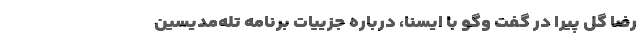
رضا گل پیرا در گفت‌ وگو با ایسنا، درباره جزییات برنامه تله‌مدیسین